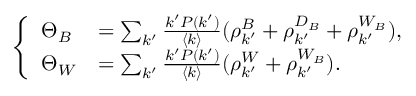
\left\{ \begin{array} { l l } { \Theta _ { B } } & { = \sum _ { k ^ { \prime } } \frac { k ^ { \prime } P ( k ^ { \prime } ) } { \langle k \rangle } ( \rho _ { k ^ { \prime } } ^ { B } + \rho _ { k ^ { \prime } } ^ { D _ { B } } + \rho _ { k ^ { \prime } } ^ { W _ { B } } ) , } \\ { \Theta _ { W } } & { = \sum _ { k ^ { \prime } } \frac { k ^ { \prime } P ( k ^ { \prime } ) } { \langle k \rangle } ( \rho _ { k ^ { \prime } } ^ { W } + \rho _ { k ^ { \prime } } ^ { W _ { B } } ) . } \end{array} \right.